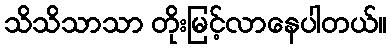
သိသိသာသာ တိုးမြင့်လာနေပါတယ်။